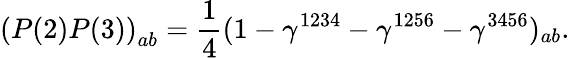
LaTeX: \left(P(2)P(3)\right)_{ab}=\frac{1}{4}(1-\gamma^{1234}-\gamma^{1256}-\gamma^{3456})_{ab}.